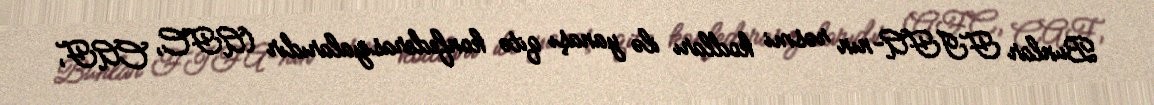
Bunlar FIFA-nın rəsmi kodları ilə yanaşı qitə konfederasiyalarıdır (AFC, CAF,